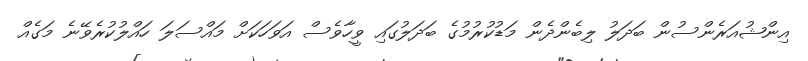
އިންޝުއަރެންސުން ބަދަލު ލިބެންދެން މަޑުކުރުމުގެ ބަދަލުގައި ވީހާވެސް އަވަހަކަށް މައްސަލަ ހައްލުކުރެވޭނެ މަގެއް